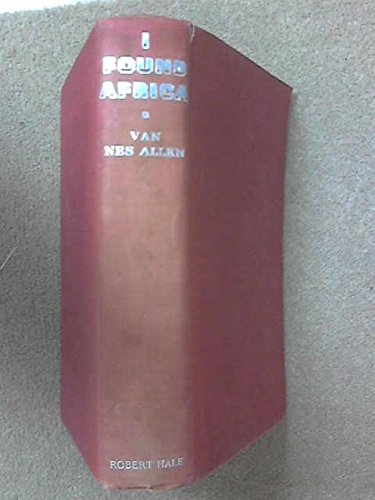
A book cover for I found Africa,; Van Nes Allen; Travel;